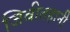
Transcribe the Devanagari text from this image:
जिवीतहानी